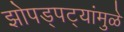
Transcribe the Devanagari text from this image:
झोपड्पट्यांमुळे